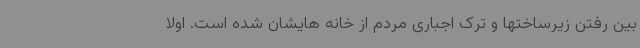
بین رفتن زیرساختها و ترک اجباری مردم از خانه هایشان شده است. اولا